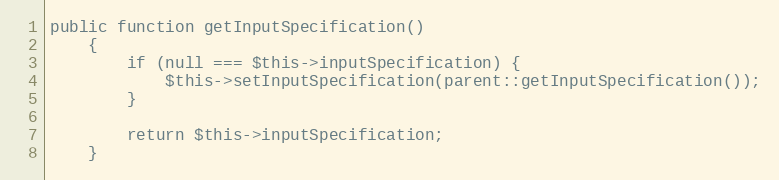
Language: PHP
public function getInputSpecification()
    {
        if (null === $this->inputSpecification) {
            $this->setInputSpecification(parent::getInputSpecification());
        }

        return $this->inputSpecification;
    }